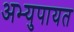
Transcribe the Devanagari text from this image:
अभ्युपायत